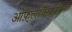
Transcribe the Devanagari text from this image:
ओफ़्लॉक्सासिन